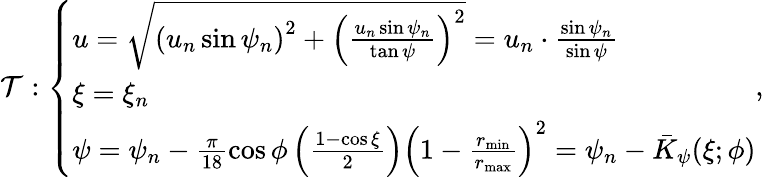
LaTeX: \mathcal{T}:\left\{ \begin{array}{ll}{u=\sqrt{\left(u_{n}\sin\psi_{n}\right)^{2}+\left(\frac{u_{n}\sin\psi_{n}}{\tan\psi}\right)^{2}}=u_{n}\cdot\frac{\sin\psi_{n}}{\sin\psi}}\\ {\xi=\xi_{n}}\\ {\psi=\psi_{n}-\frac{\pi}{18}\cos\phi\left(\frac{1-\cos\xi}{2}\right)\left(1-\frac{r_{\mathrm{min}}}{r_{\mathrm{max}}}\right)^{2}=\psi_{n}-\bar{K}_{\psi}(\xi;\phi)}\end{array}\right.\mathrm{,}